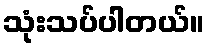
သုံးသပ်ပါတယ်။